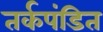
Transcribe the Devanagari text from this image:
तर्कपंडित